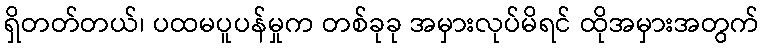
ရှိတတ်တယ်၊ ပထမပူပန်မှုက တစ်ခုခု အမှားလုပ်မိရင် ထိုအမှားအတွက်